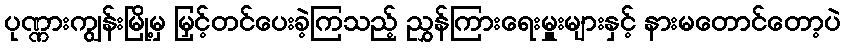
ပုဏ္ဏားကျွန်းမြို့မှ မြှင့်တင်ပေးခဲ့ကြသည့် ညွှန်ကြားရေးမှူးများနှင့် နားမတောင်တော့ပဲ